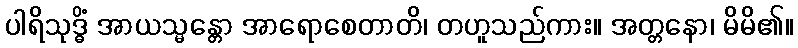
ပါရိသုဒ္ဓိံ အာယသ္မန္တော အာရောစေတာတိ၊ တဟူသည်ကား။ အတ္တနော၊ မိမိ၏။